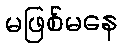
မဖြစ်မနေ